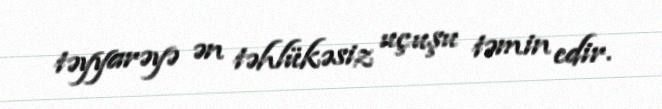
təyyarəyə ən təhlükəsiz uçuşu təmin edir.